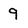
Character: 9